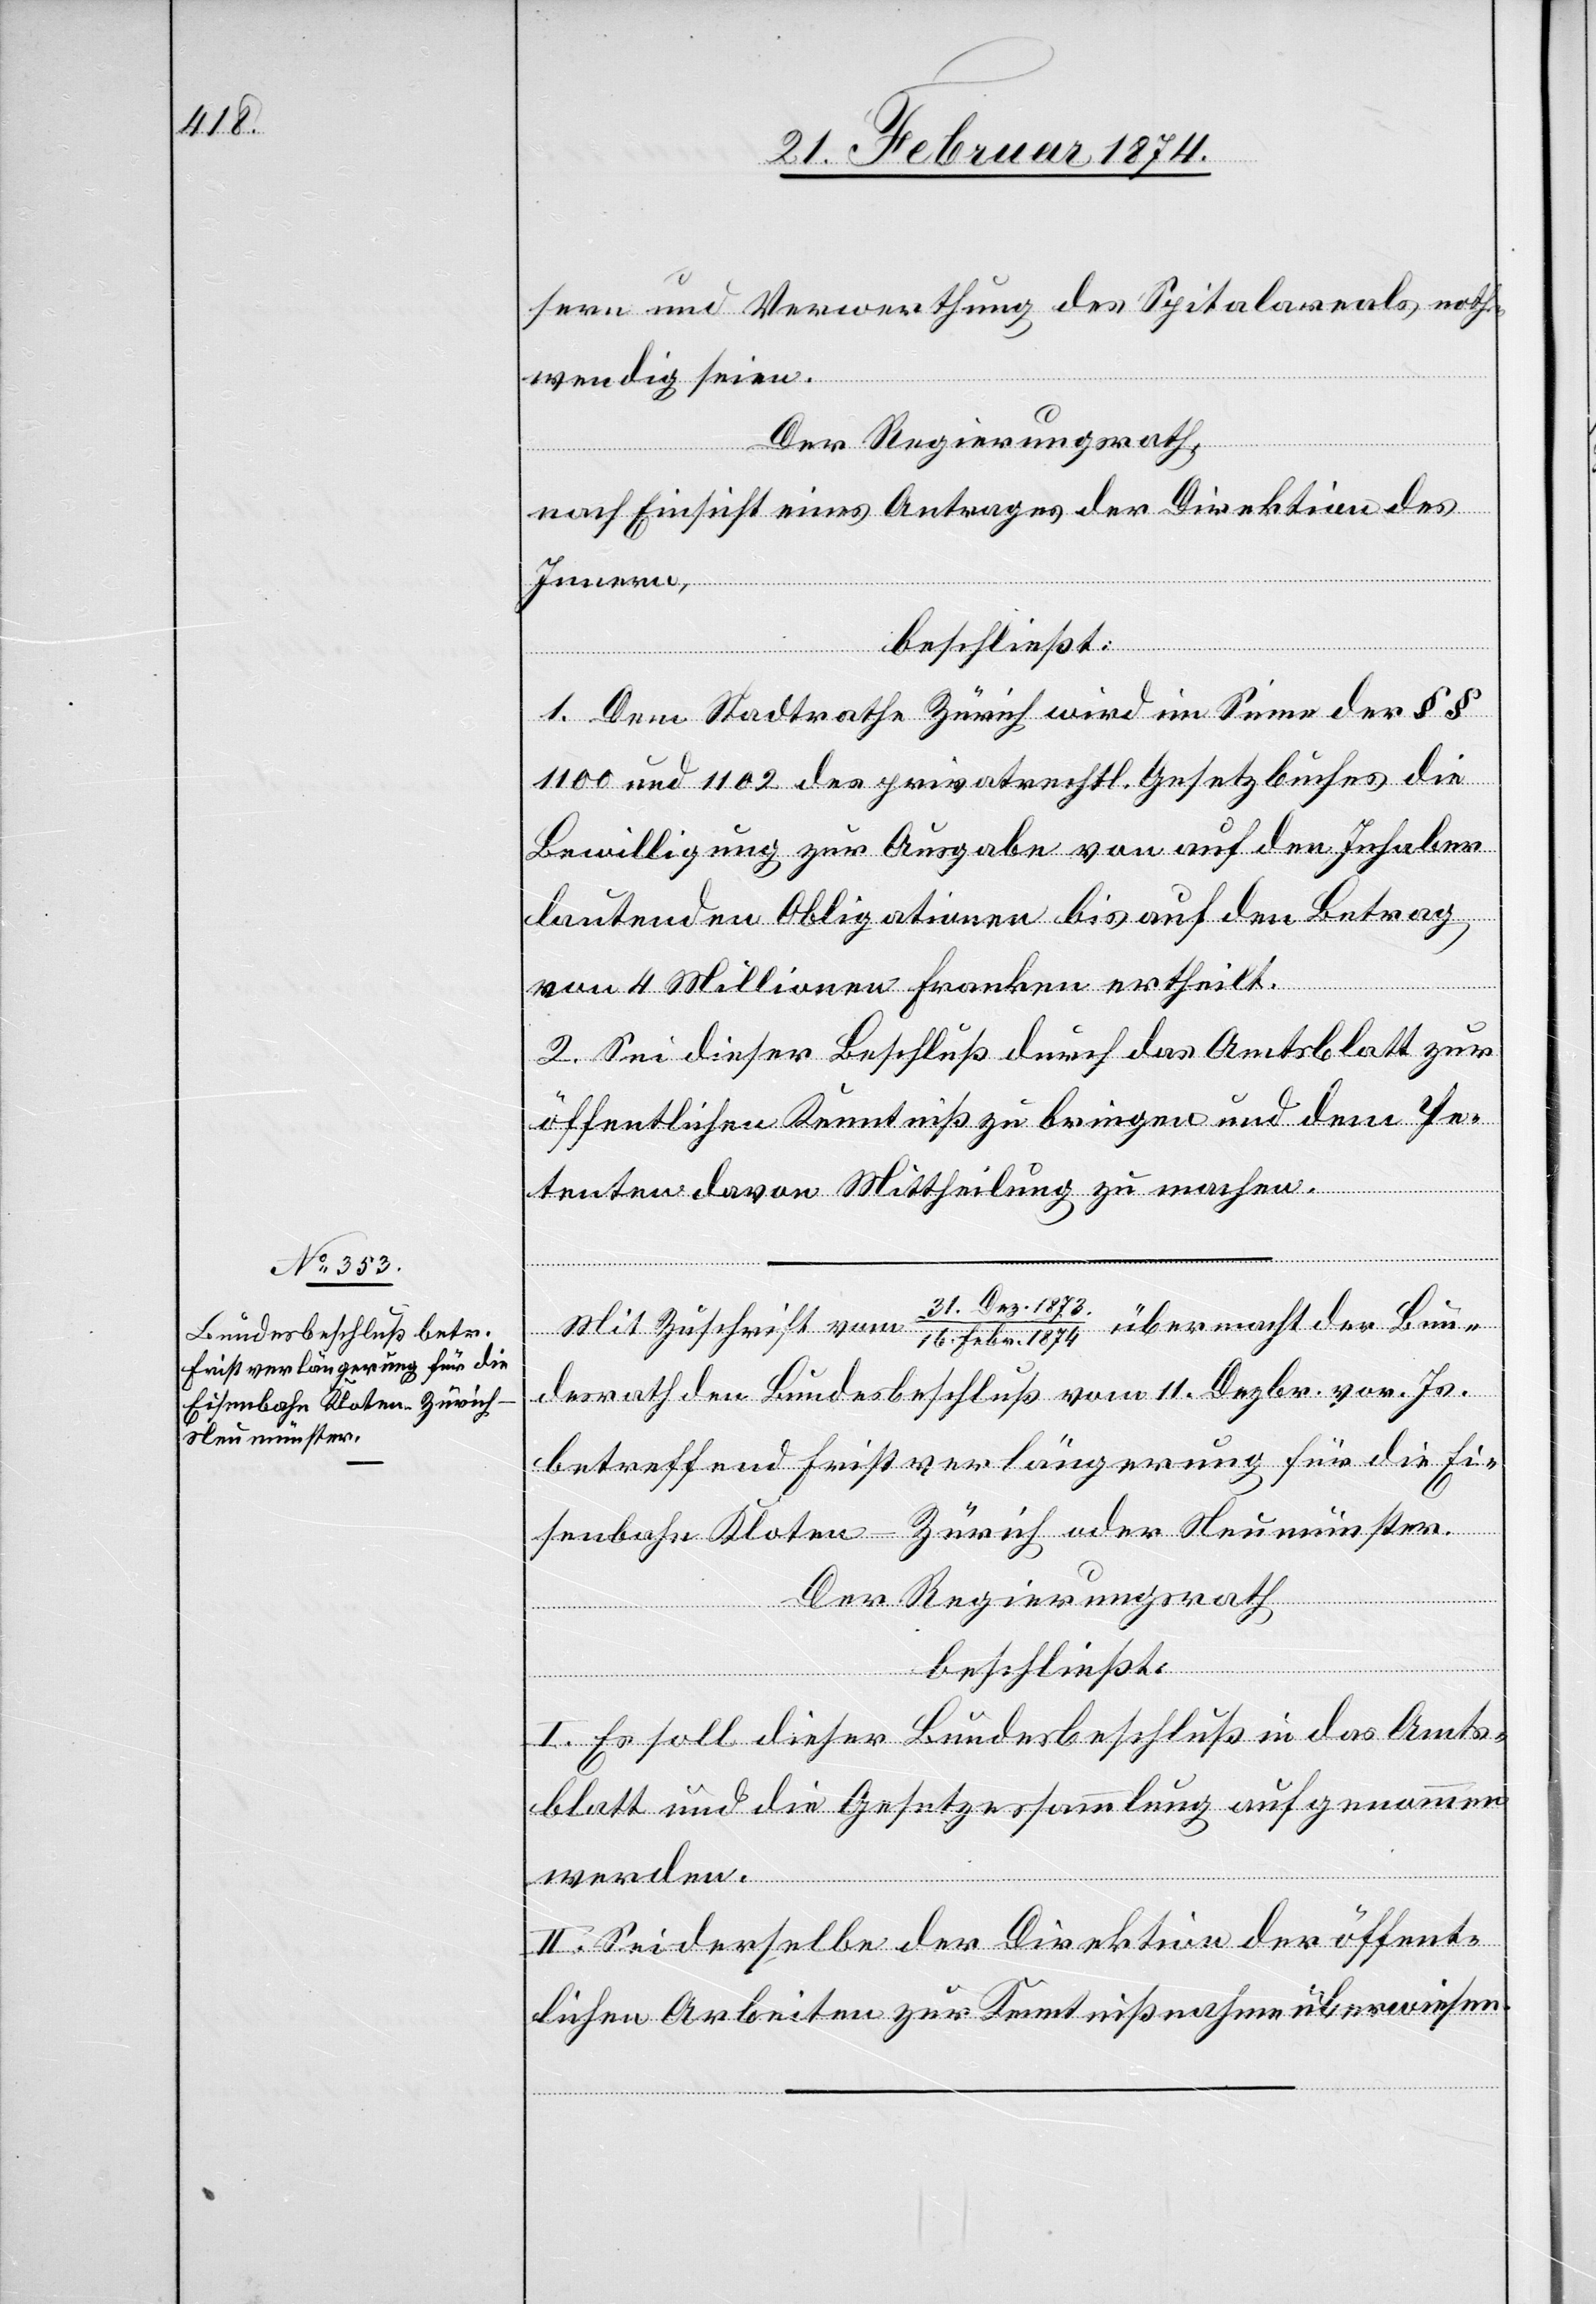
sern und Verwerthung des Spitalareals noth¬
wendig seien.
Der Regierungsrath,
nach Einsicht eines Antrages der Direktion des
Innern,
beschließt:
1. Dem Stadtrath Zürich wird im Sinne der §§
1100 und 1102 des privatrechtl. Gesetzbuches die
Bewilligung zur Ausgabe von auf den Inhaber
lautenden Obligationen bis auf den Betrag
von 4 Millionen Franken ertheilt.
2. Sei dieser Beschluß durch das Amtsblatt zur
öffentlichen Kenntniß zu bringen und dem Pe¬
tenten davon Mittheilung zu machen.
31. Dez. 1873
Mit Zuschrift vom
16. Febr. 1874 übermacht der Bun¬
desrath den Bundesbeschluß vom 11. Dezbr. vor. Js.
betreffend Fristverlängerung für die Ei¬
senbahn Kloten-Zürich oder Neumünster.
Der Regierungsrath
beschließt:
I. Es soll dieser Bundesbeschluß in das Amts¬
blatt und die Gesetzessammlung aufgenommen
werden.
II. Sei derselbe der Direktion der öffent¬
lichen Arbeiten zur Kenntnißnahme überwiesen.